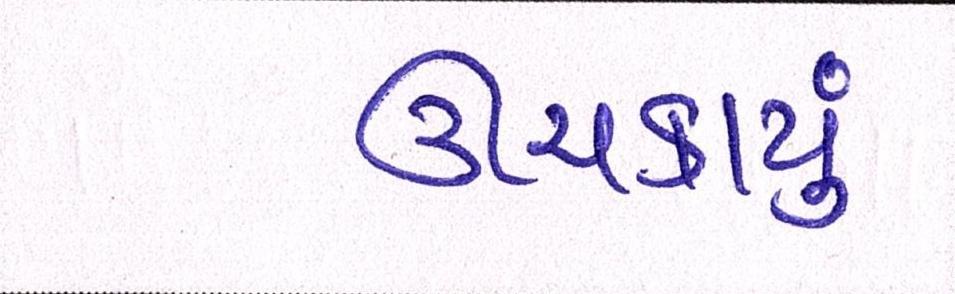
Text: ઊંચકાયું